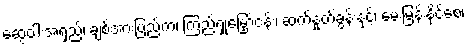
ဆွေဝါးအရှည့်၊ ချစ်အားပြည့်က၊ ကြည့်ရှုမြှော်ငန်း၊ ဆက်နှုတ်ခွန်းနှင့်၊ မေးမြန်းနိုင်စေ၊